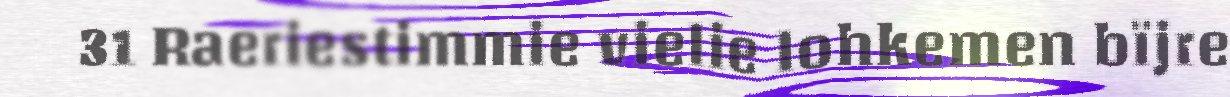
31 Raeriestimmie vielie lohkemen bïjre